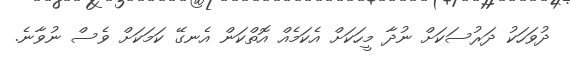
ދުވަހަކު ދަރުސަކަށް ނުދާ މީހަކަށް އެކަމެއް އޮތްކަން އެނގޭ ކަމަކަށް ވެސް ނުވާނެ.